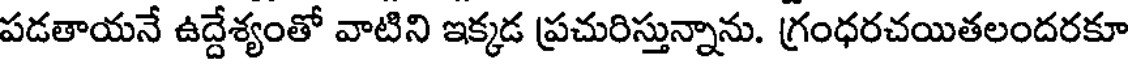
పడతాయనే ఉద్దేశ్యంతో వాటిని ఇక్కడ ప్రచురిస్తున్నాను. గ్రంధరచయితలందరకూ